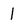
Character: 1